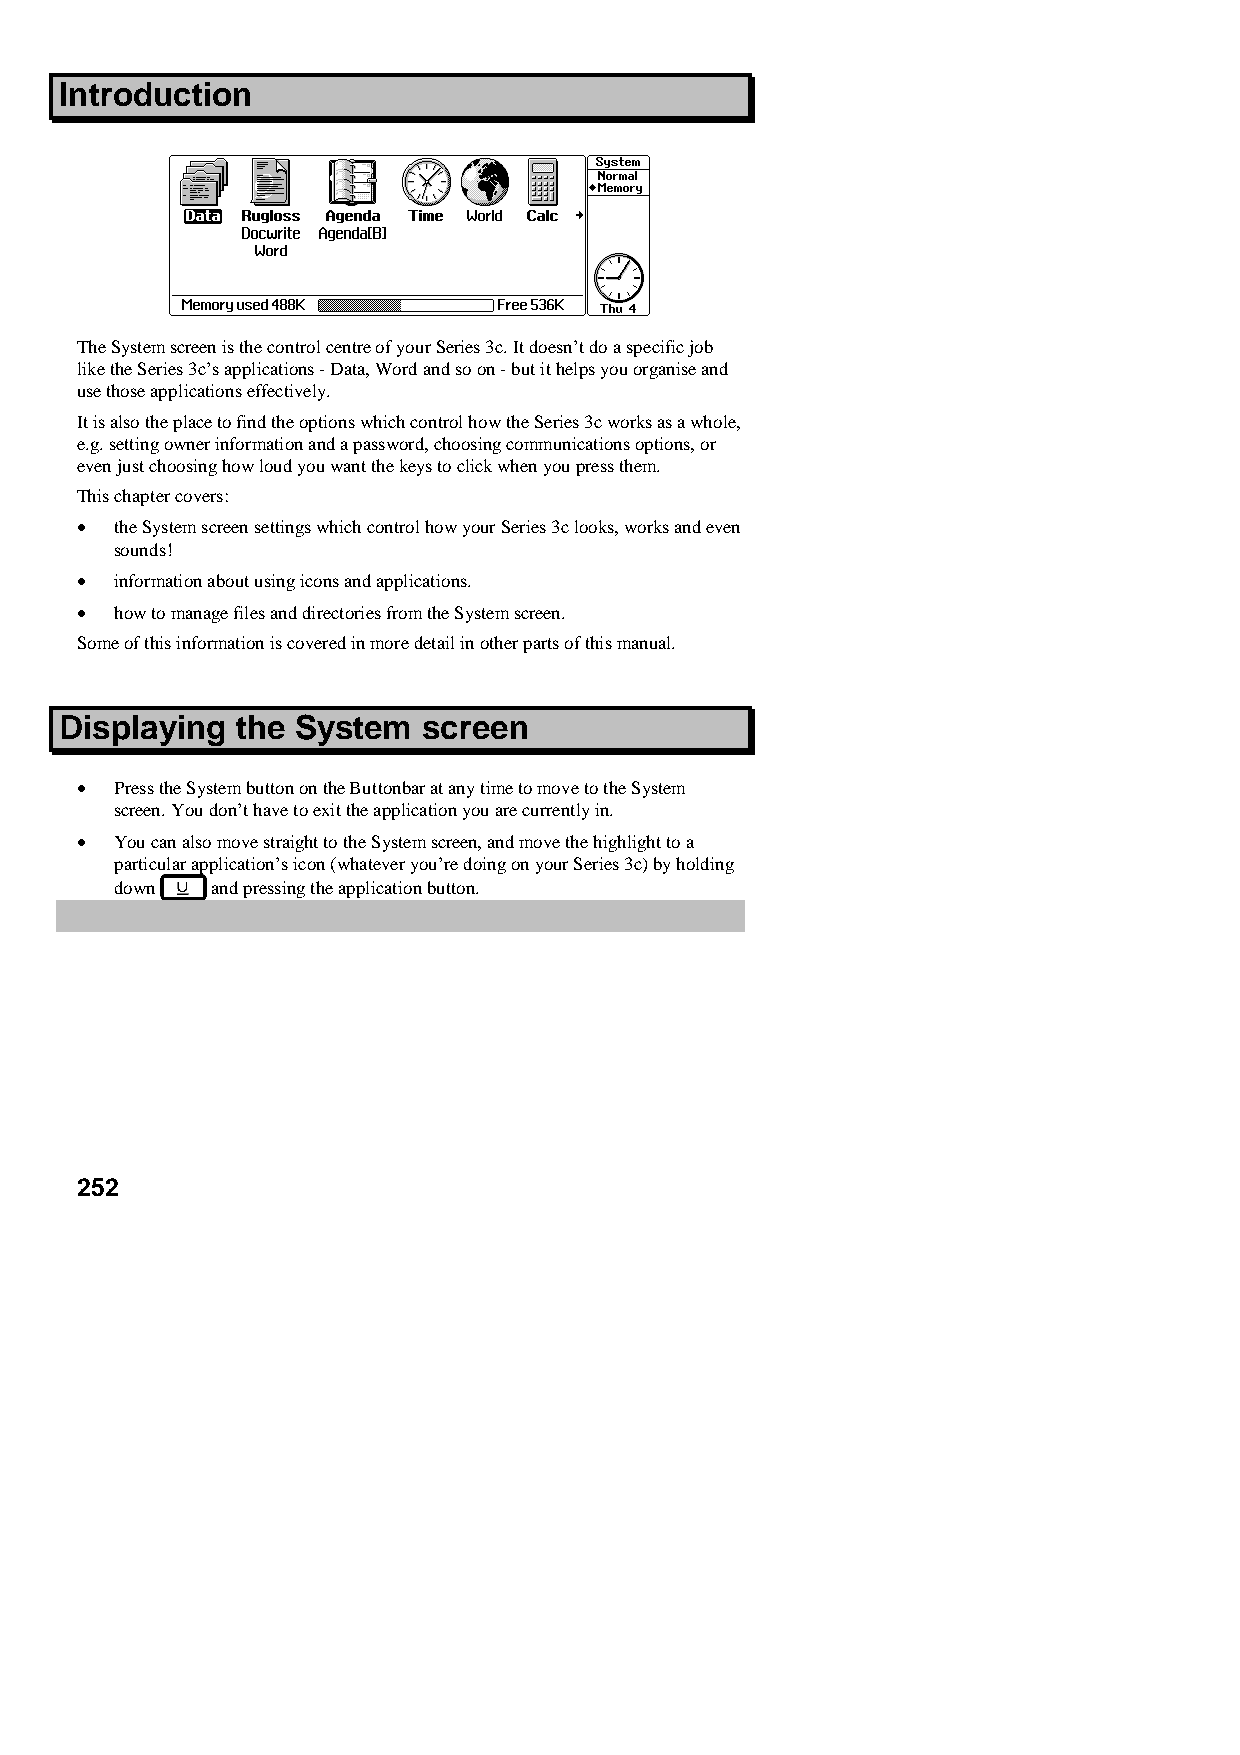
Introduction
 The System screen is the control centre of your Series 3c. It doesn’t do a specific job
 like the Series 3c’s applications - Data, Word and so on - but it helps you organise and
 use those applications effectively.
 It is also the place to find the options which control how the Series 3c works as a whole,
 e.g. setting owner information and a password, choosing communications options, or
 even just choosing how loud you want the keys to click when you press them.
 This chapter covers:
 •  the System screen settings which control how your Series 3c looks, works and even
 sounds!
 •  information about using icons and applications.
 •  how to manage files and directories from the System screen.
 Some of this information is covered in more detail in other parts of this manual.
 Displaying  the System  screen
 •  Press the System button on the Buttonbar at any time to move to the System
 screen. You don’t have to exit the application you are currently in.
 •  You can also move straight to the System screen, and move the highlight to a
 particular application’s icon (whatever you’re doing on your Series 3c) by holding
 down  and pressing the application button.
 252